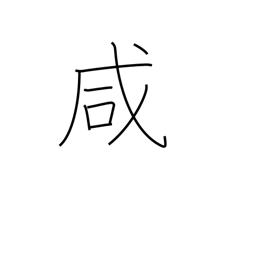
Meaning: same